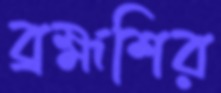
ব্রহ্মশির